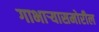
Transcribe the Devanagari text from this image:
गाभार्‍यासमोरील